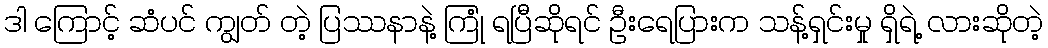
ဒါ ကြောင့် ဆံပင် ကျွတ် တဲ့ ပြဿနာနဲ့ ကြုံ ရပြီဆိုရင် ဦးရေပြားက သန့်ရှင်းမှု ရှိရဲ့ လားဆိုတဲ့